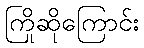
ကြိုဆိုကြောင်း